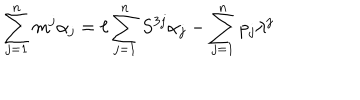
\sum _ { j = 1 } ^ { n } m ^ { j } \alpha _ { j } = \ell \sum _ { j = 1 } ^ { n } S ^ { 3 j } \alpha _ { j } - \sum _ { j = 1 } ^ { n } p _ { j } \lambda ^ { j }